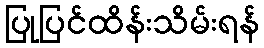
ပြုပြင်ထိန်းသိမ်းရန်